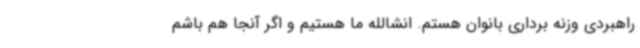
راهبردی وزنه برداری بانوان هستم. انشالله ما هستیم و اگر آنجا هم باشم